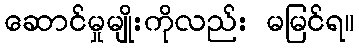
ဆောင်မှုမျိုးကိုလည်း မမြင်ရ။